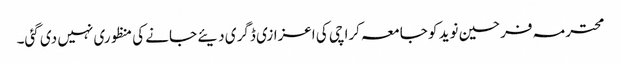
محترمہ فرحین نوید کو جامعہ کراچی کی اعزازی ڈگری دیئے جانے کی منظوری نہیں دی گئی۔